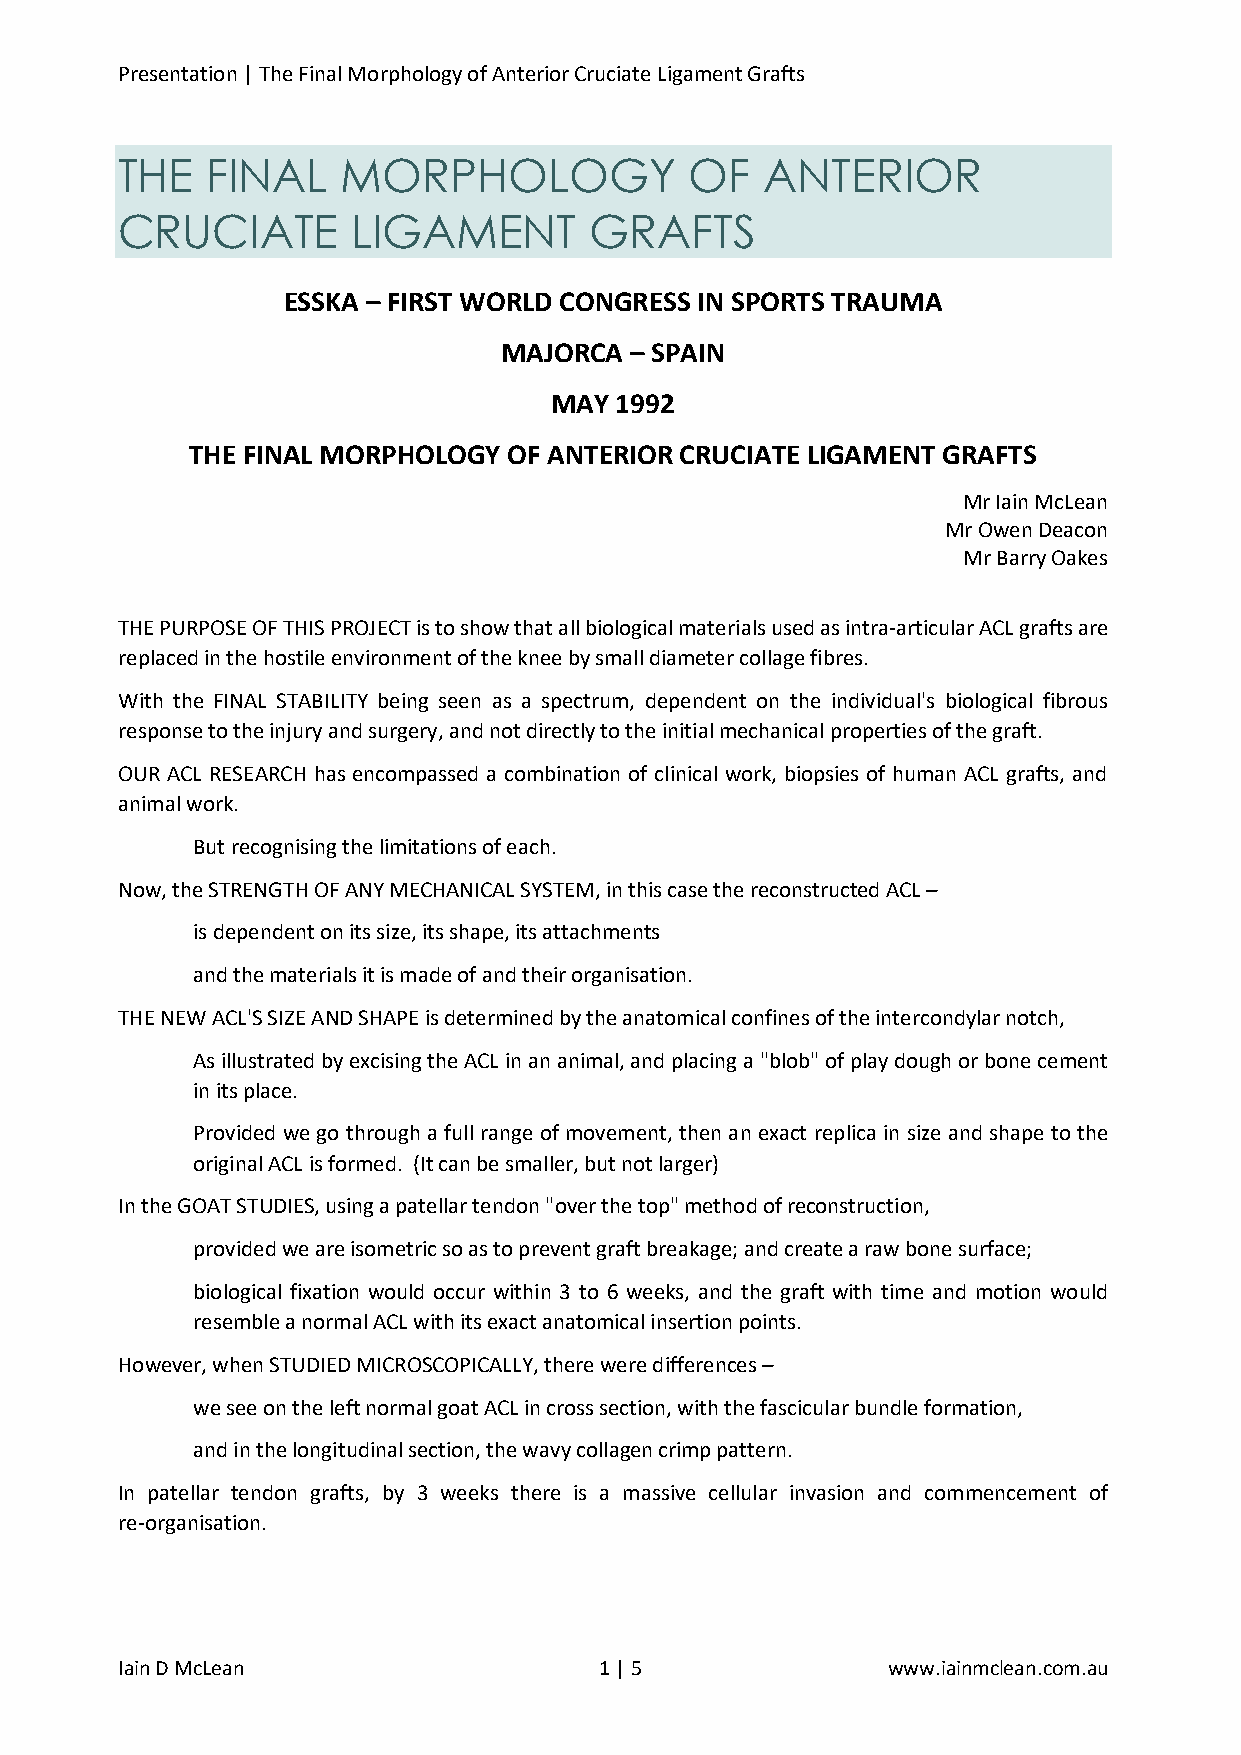
Presentation | The Final Morphology of Anterior Cruciate Ligament Grafts
 THE   FINAL    MORPHOLOGY             OF   ANTERIOR
 CRUCIATE       LIGAMENT        GRAFTS
 ESSKA – FIRST WORLD CONGRESS IN SPORTS TRAUMA
 MAJORCA  – SPAIN
 MAY  1992
 THE FINAL MORPHOLOGY  OF ANTERIOR CRUCIATE LIGAMENT GRAFTS
 Mr Iain McLean
 Mr Owen Deacon
 Mr Barry Oakes
 THE PURPOSE OF THIS PROJECT is to show that all biological materials used as intra-articular ACL grafts are
 replaced in the hostile environment of the knee by small diameter collage fibres.
 With the FINAL STABILITY being seen as a spectrum, dependent on the individual's biological fibrous
 response to the injury and surgery, and not directly to the initial mechanical properties of the graft.
 OUR ACL RESEARCH has encompassed a combination of clinical work, biopsies of human ACL grafts, and
 animal work.
 But recognising the limitations of each.
 Now, the STRENGTH OF ANY MECHANICAL SYSTEM, in this case the reconstructed ACL –
 is dependent on its size, its shape, its attachments
 and the materials it is made of and their organisation.
 THE NEW ACL'S SIZE AND SHAPE is determined by the anatomical confines of the intercondylar notch,
 As illustrated by excising the ACL in an animal, and placing a "blob" of play dough or bone cement
 in its place.
 Provided we go through a full range of movement, then an exact replica in size and shape to the
 original ACL is formed. (It can be smaller, but not larger)
 In the GOAT STUDIES, using a patellar tendon "over the top" method of reconstruction,
 provided we are isometric so as to prevent graft breakage; and create a raw bone surface;
 biological fixation would occur within 3 to 6 weeks, and the graft with time and motion would
 resemble a normal ACL with its exact anatomical insertion points.
 However, when STUDIED MICROSCOPICALLY, there were differences –
 we see on the left normal goat ACL in cross section, with the fascicular bundle formation,
 and in the longitudinal section, the wavy collagen crimp pattern.
 In patellar tendon grafts, by 3 weeks there is a massive cellular invasion and commencement of
 re-organisation.
 Iain D McLean                   1 | 5              www.iainmclean.com.au